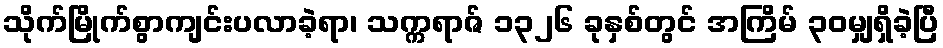
သိုက်မြိုက်စွာကျင်းပလာခဲ့ရာ၊ သက္ကရာဇ် ၁၃၂၆ ခုနှစ်တွင် အကြိမ် ၃၀မျှရှိခဲ့ပြီ